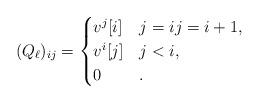
LaTeX: \begin{align*}(Q_{\ell})_{ij}=\begin{cases}v^{j}[i] & j=i j=i+1,\\v^{i}[j] & j<i,\\0 & .\end{cases} \end{align*}